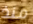
منذ